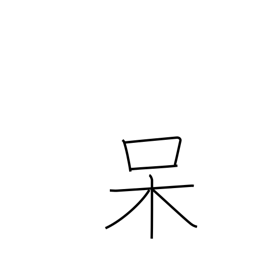
Meaning: shocked